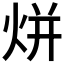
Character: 𭴡